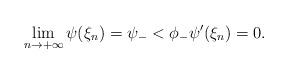
LaTeX: \begin{align*} \lim\limits_{n\rightarrow+\infty}\psi(\xi_n)=\psi_-<\phi_- \psi'(\xi_n)=0.\end{align*}